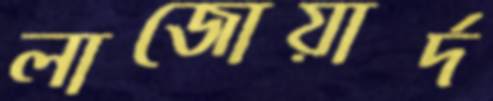
লাজোয়ার্দ